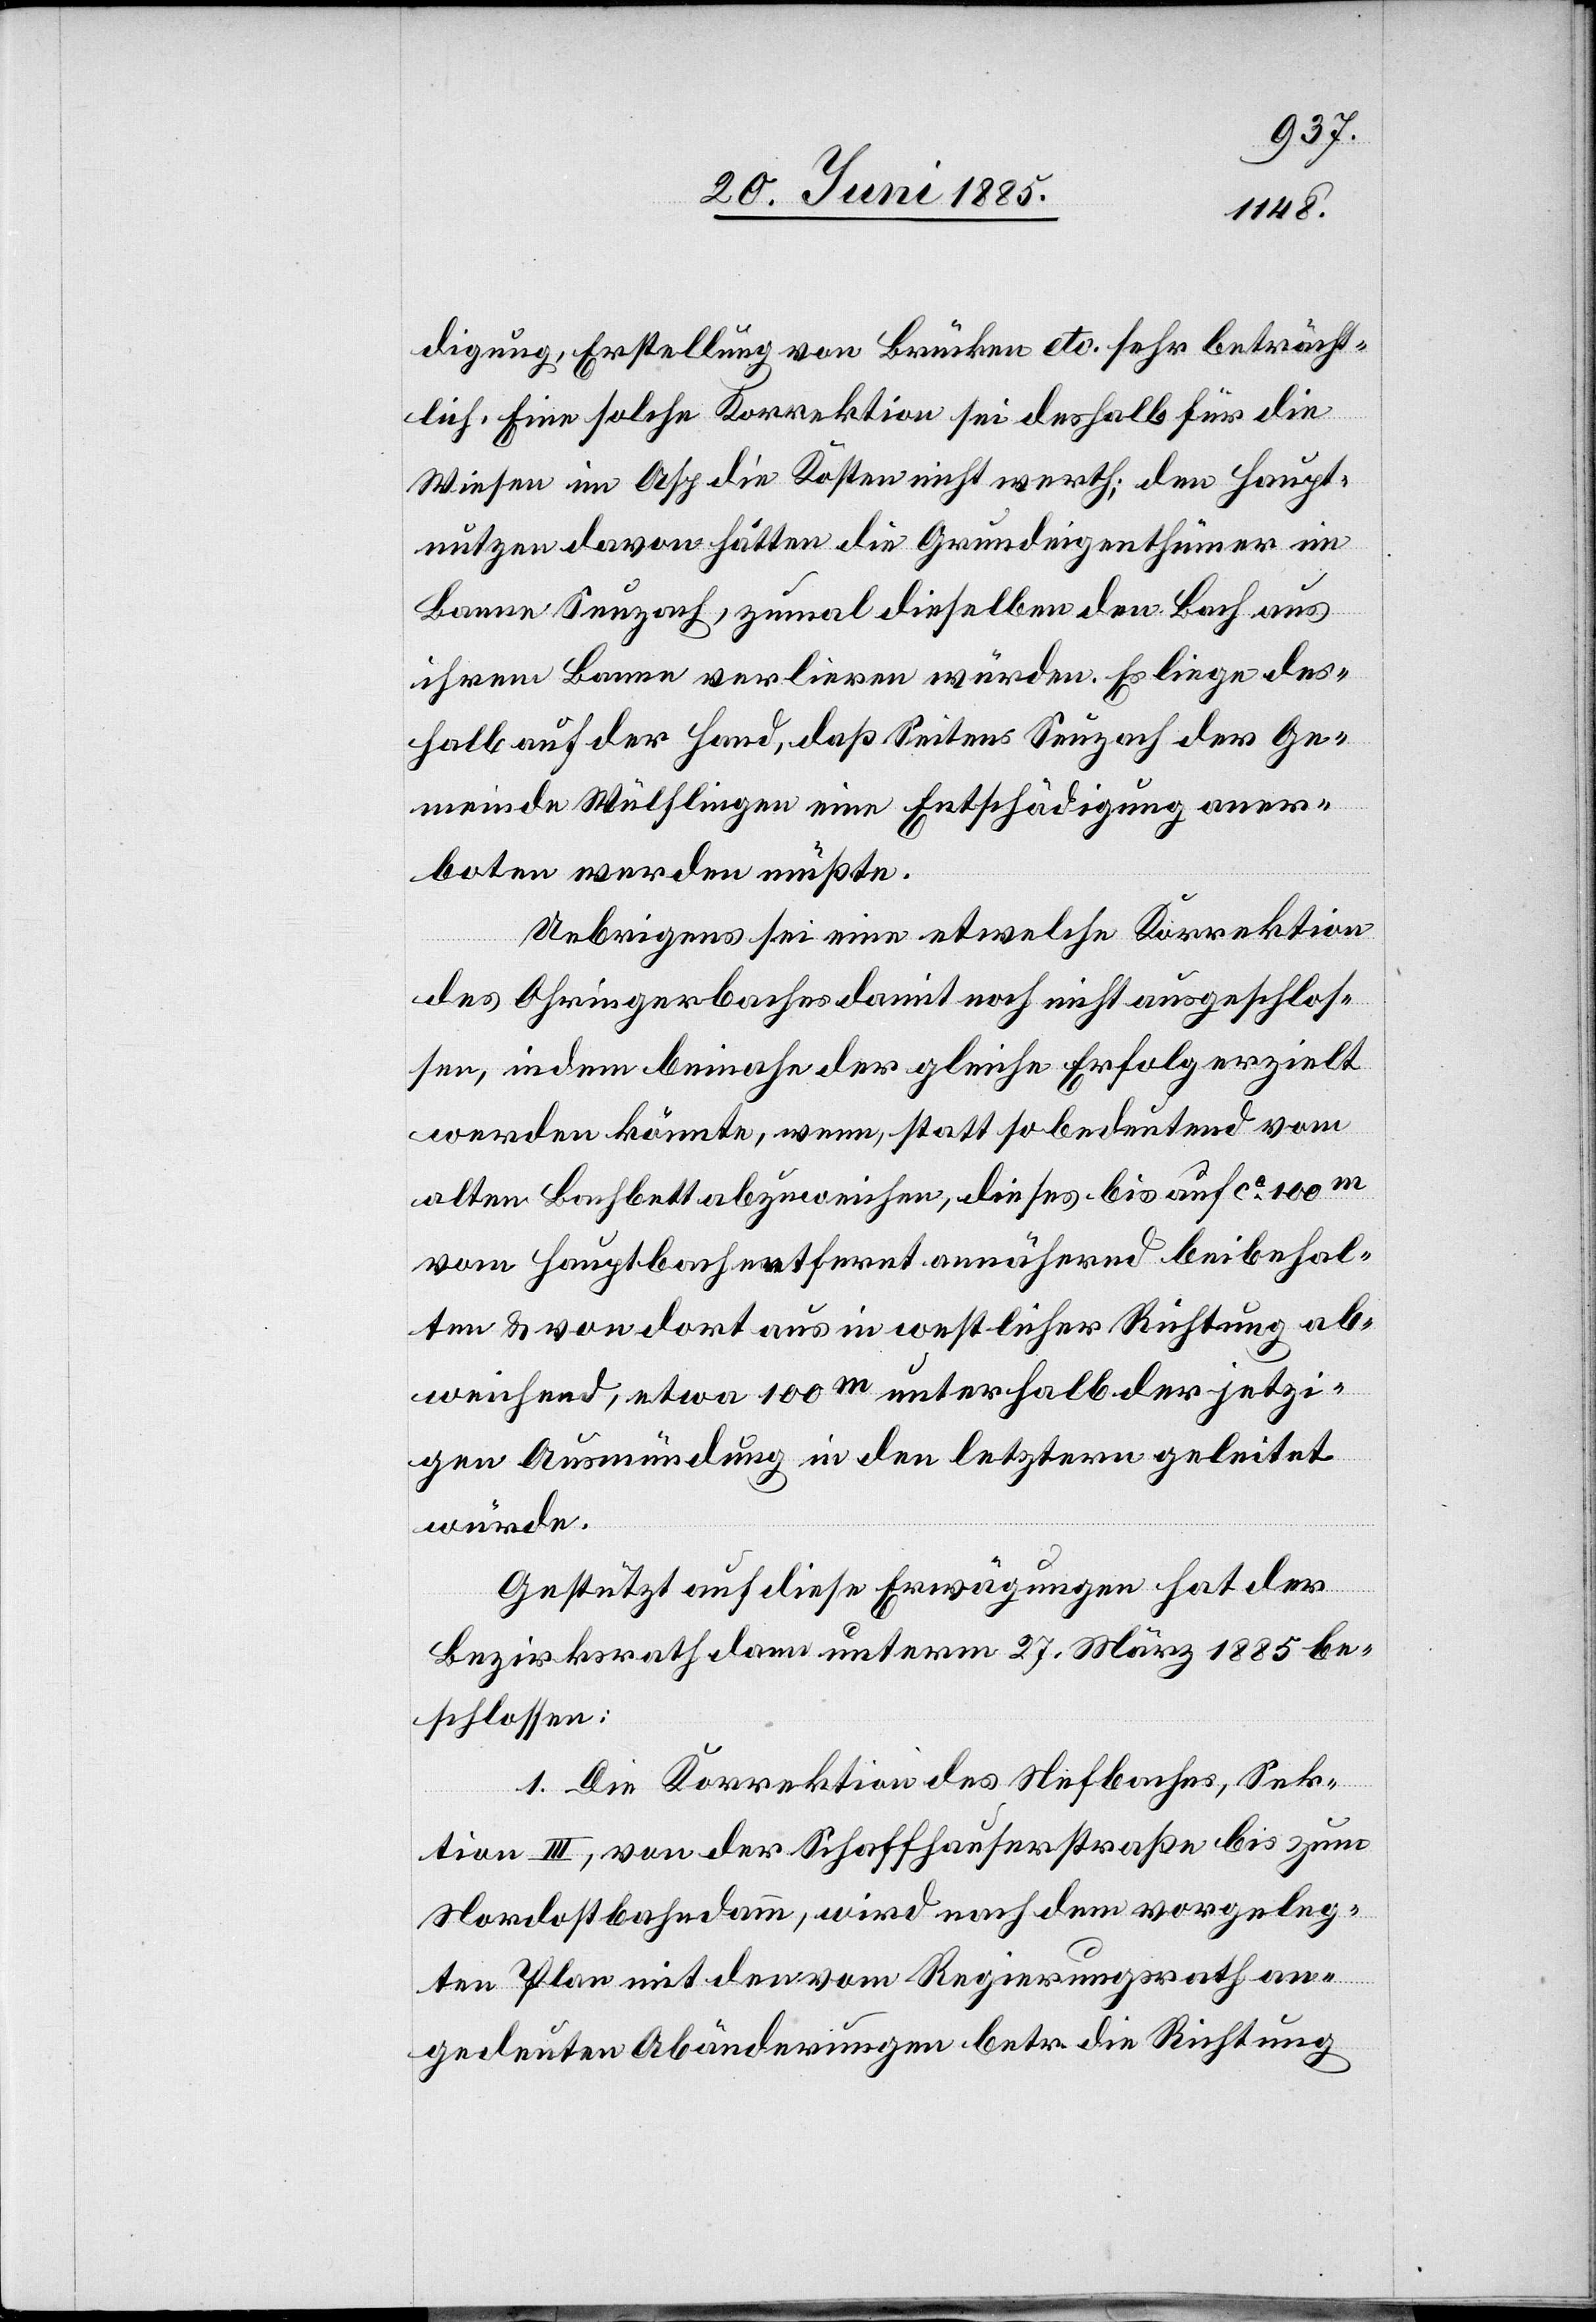
digung, Erstellung von Brücken etc. sehr beträcht¬
lich. Eine solche Korrektion sei deshalb für die
Wiesen im Asp die Kosten nicht werth; den Haupt¬
nutzen davon hätten die Grundeigenthümer im
Banne Seuzach, zumal dieselben den Bach aus
ihrem Banne verlieren würden. Es liege des¬
halb auf der Hand, daß Seitens Seuzach der Ge¬
meinde Wülflingen eine Entschädigung aner¬
boten werden müßte.
Uebrigens sei eine etwelche Korrektion
des Ohringerbaches damit noch nicht ausgeschlos¬
sen, indem beinahe der gleiche Erfolg erzielt
werden könnte, wenn, statt so bedeutend vom
alten Bachbett abzuweichen, dieses bis auf ca 100 m
vom Hauptbach entfernt annähern beibehal¬
ten & von dort aus in westlicher Richtung ab¬
weichend, etwa 100 m unterhalb der jetzi¬
gen Ausmündung in den letztern geleitet
würde.
Gestützt auf diese Erwägungen hat der
Bezirksrath dann unterm 27. März 1885 be¬
schlossen:
1. Die Korrektion des Neftenbaches, Sek¬
tion III, von der Schaffhauserstraße bis zum
Nordostbahndamm, wird nach dem vorgeleg¬
ten Plan mit den vom Regierungsrath an¬
gedeute[te]n Abänderungen betr. die Richtung